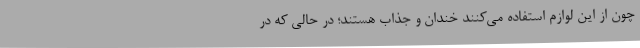
چون از این لوازم استفاده می‌کنند خندان و جذاب هستند؛ در حالی‌ که در